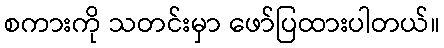
စကားကို သတင်းမှာ ဖော်ပြထားပါတယ်။